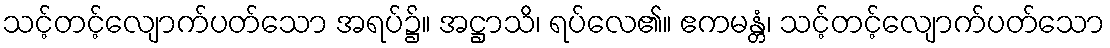
သင့်တင့်လျောက်ပတ်သော အရပ်၌။ အဋ္ဌာသိ၊ ရပ်လေ၏။ ဧကမန္တံ၊ သင့်တင့်လျောက်ပတ်သော